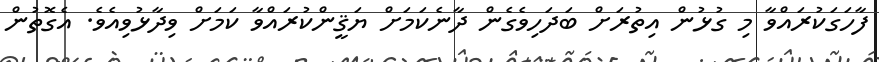
ފާހަގަކުރައްވާ މި ގުޅުން އިތުރަށް ބަދަހިވެގެން ދާނެކަމަށް ޔަޤީންކުރައްވާ ކަމަށް ވިދާޅުވިއެވެ. އެގޮތުން